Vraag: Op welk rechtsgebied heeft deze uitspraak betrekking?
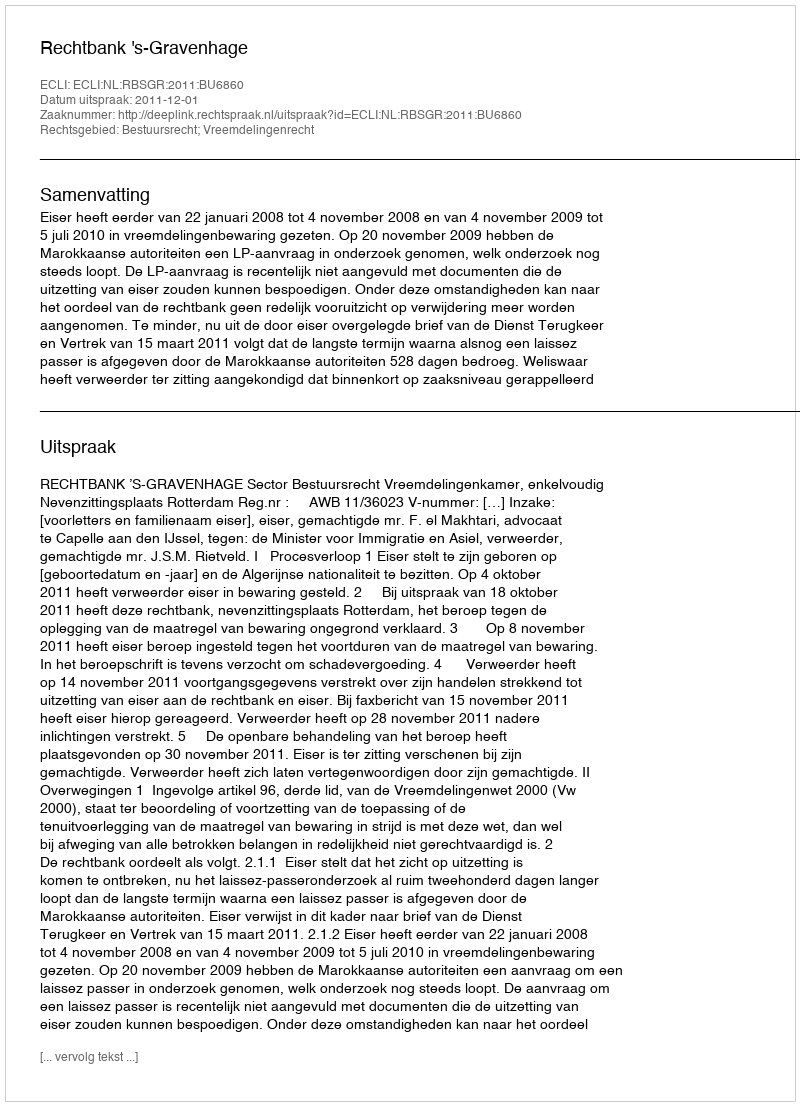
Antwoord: Bestuursrecht; Vreemdelingenrecht